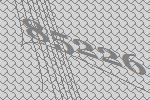
85226